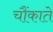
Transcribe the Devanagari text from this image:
चौंकाते